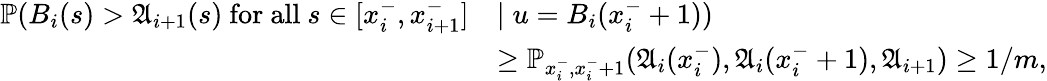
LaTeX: \begin{array}{rl}{\mathbb{P}(B_{i}(s)>\mathfrak{A}_{i+1}(s)\mathrm{~for~all~}s\in[x_{i}^{-},x_{i+1}^{-}]}&{\mid u=B_{i}(x_{i}^{-}+1))}\\ &{\ge\mathbb{P}_{x_{i}^{-},x_{i}^{-}+1}(\mathfrak{A}_{i}(x_{i}^{-}),\mathfrak{A}_{i}(x_{i}^{-}+1),\mathfrak{A}_{i+1})\ge 1/m,}\end{array}